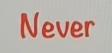
Never